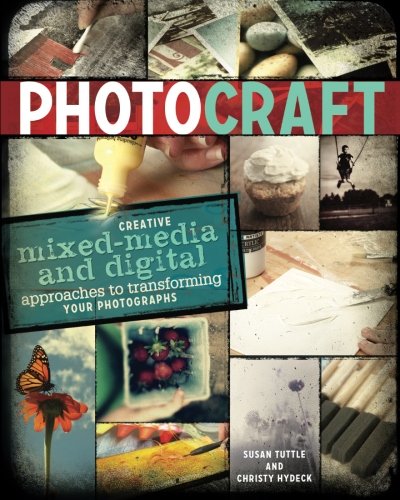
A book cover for Photo Craft: Creative Mixed Media and Digital Approaches to Transforming Your Photographs; Susan Tuttle; Crafts, Hobbies & Home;